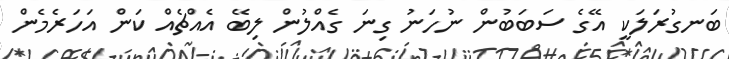
ބަނގުރަލަކީ އޭގެ ސަބަބުން ނުހަނު ގިނަ ގެއްލުން ލިބޭ އެއްޗެއް ކަން އަހަރެމެން